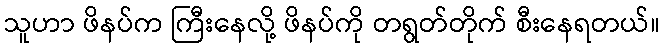
သူဟာ ဖိနပ်က ကြီးနေလို့ ဖိနပ်ကို တရွတ်တိုက် စီးနေရတယ်။